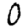
Digit: 0